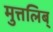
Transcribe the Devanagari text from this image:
मुत्तलिब्